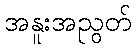
အနူးအညွတ်